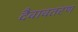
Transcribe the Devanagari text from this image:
दैवावतरण